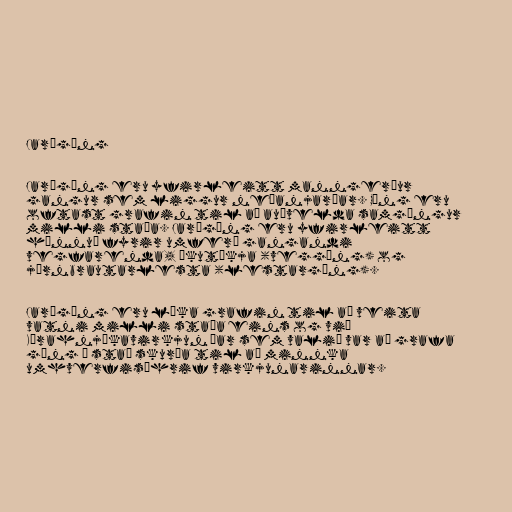
Jarðgöng

Jarðgöng eru yfirleitt manngerður
gangur sem liggur neðanjarðar. Göng eru
oftast grafin til að auðvelda samgöngur
milli staða. Jarðgöng eru yfirleitt
hönnuð fyrir umferð gangandi
vegfarenda, ökutækja (veggöng) og
járnbrautarlesta (lestargöng).

Jarðgöng eru líka grafin til að veita
vatni milli staða eins og við
Kárahnjúkavirkjun þar sem valið var að grafa
göng í stað skurða til að minnka
umhverfisáhrif virkjunarinnar.